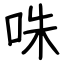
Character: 咮